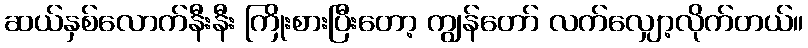
ဆယ်နှစ်လောက်နီးနီး ကြိုးစားပြီးတော့ ကျွန်တော် လက်လျှော့လိုက်တယ်။